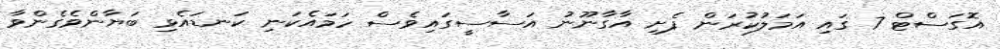
އޮގަސްޓް 7 ގައި އަމަލުކުރަން ފެށި އާގާނޫނު އަސާސީގައިވެސް ހަމައެކަނި ކަނޑައެޅި ބަޔާންވެގެންވާ